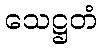
သေဋ္ဌတံ